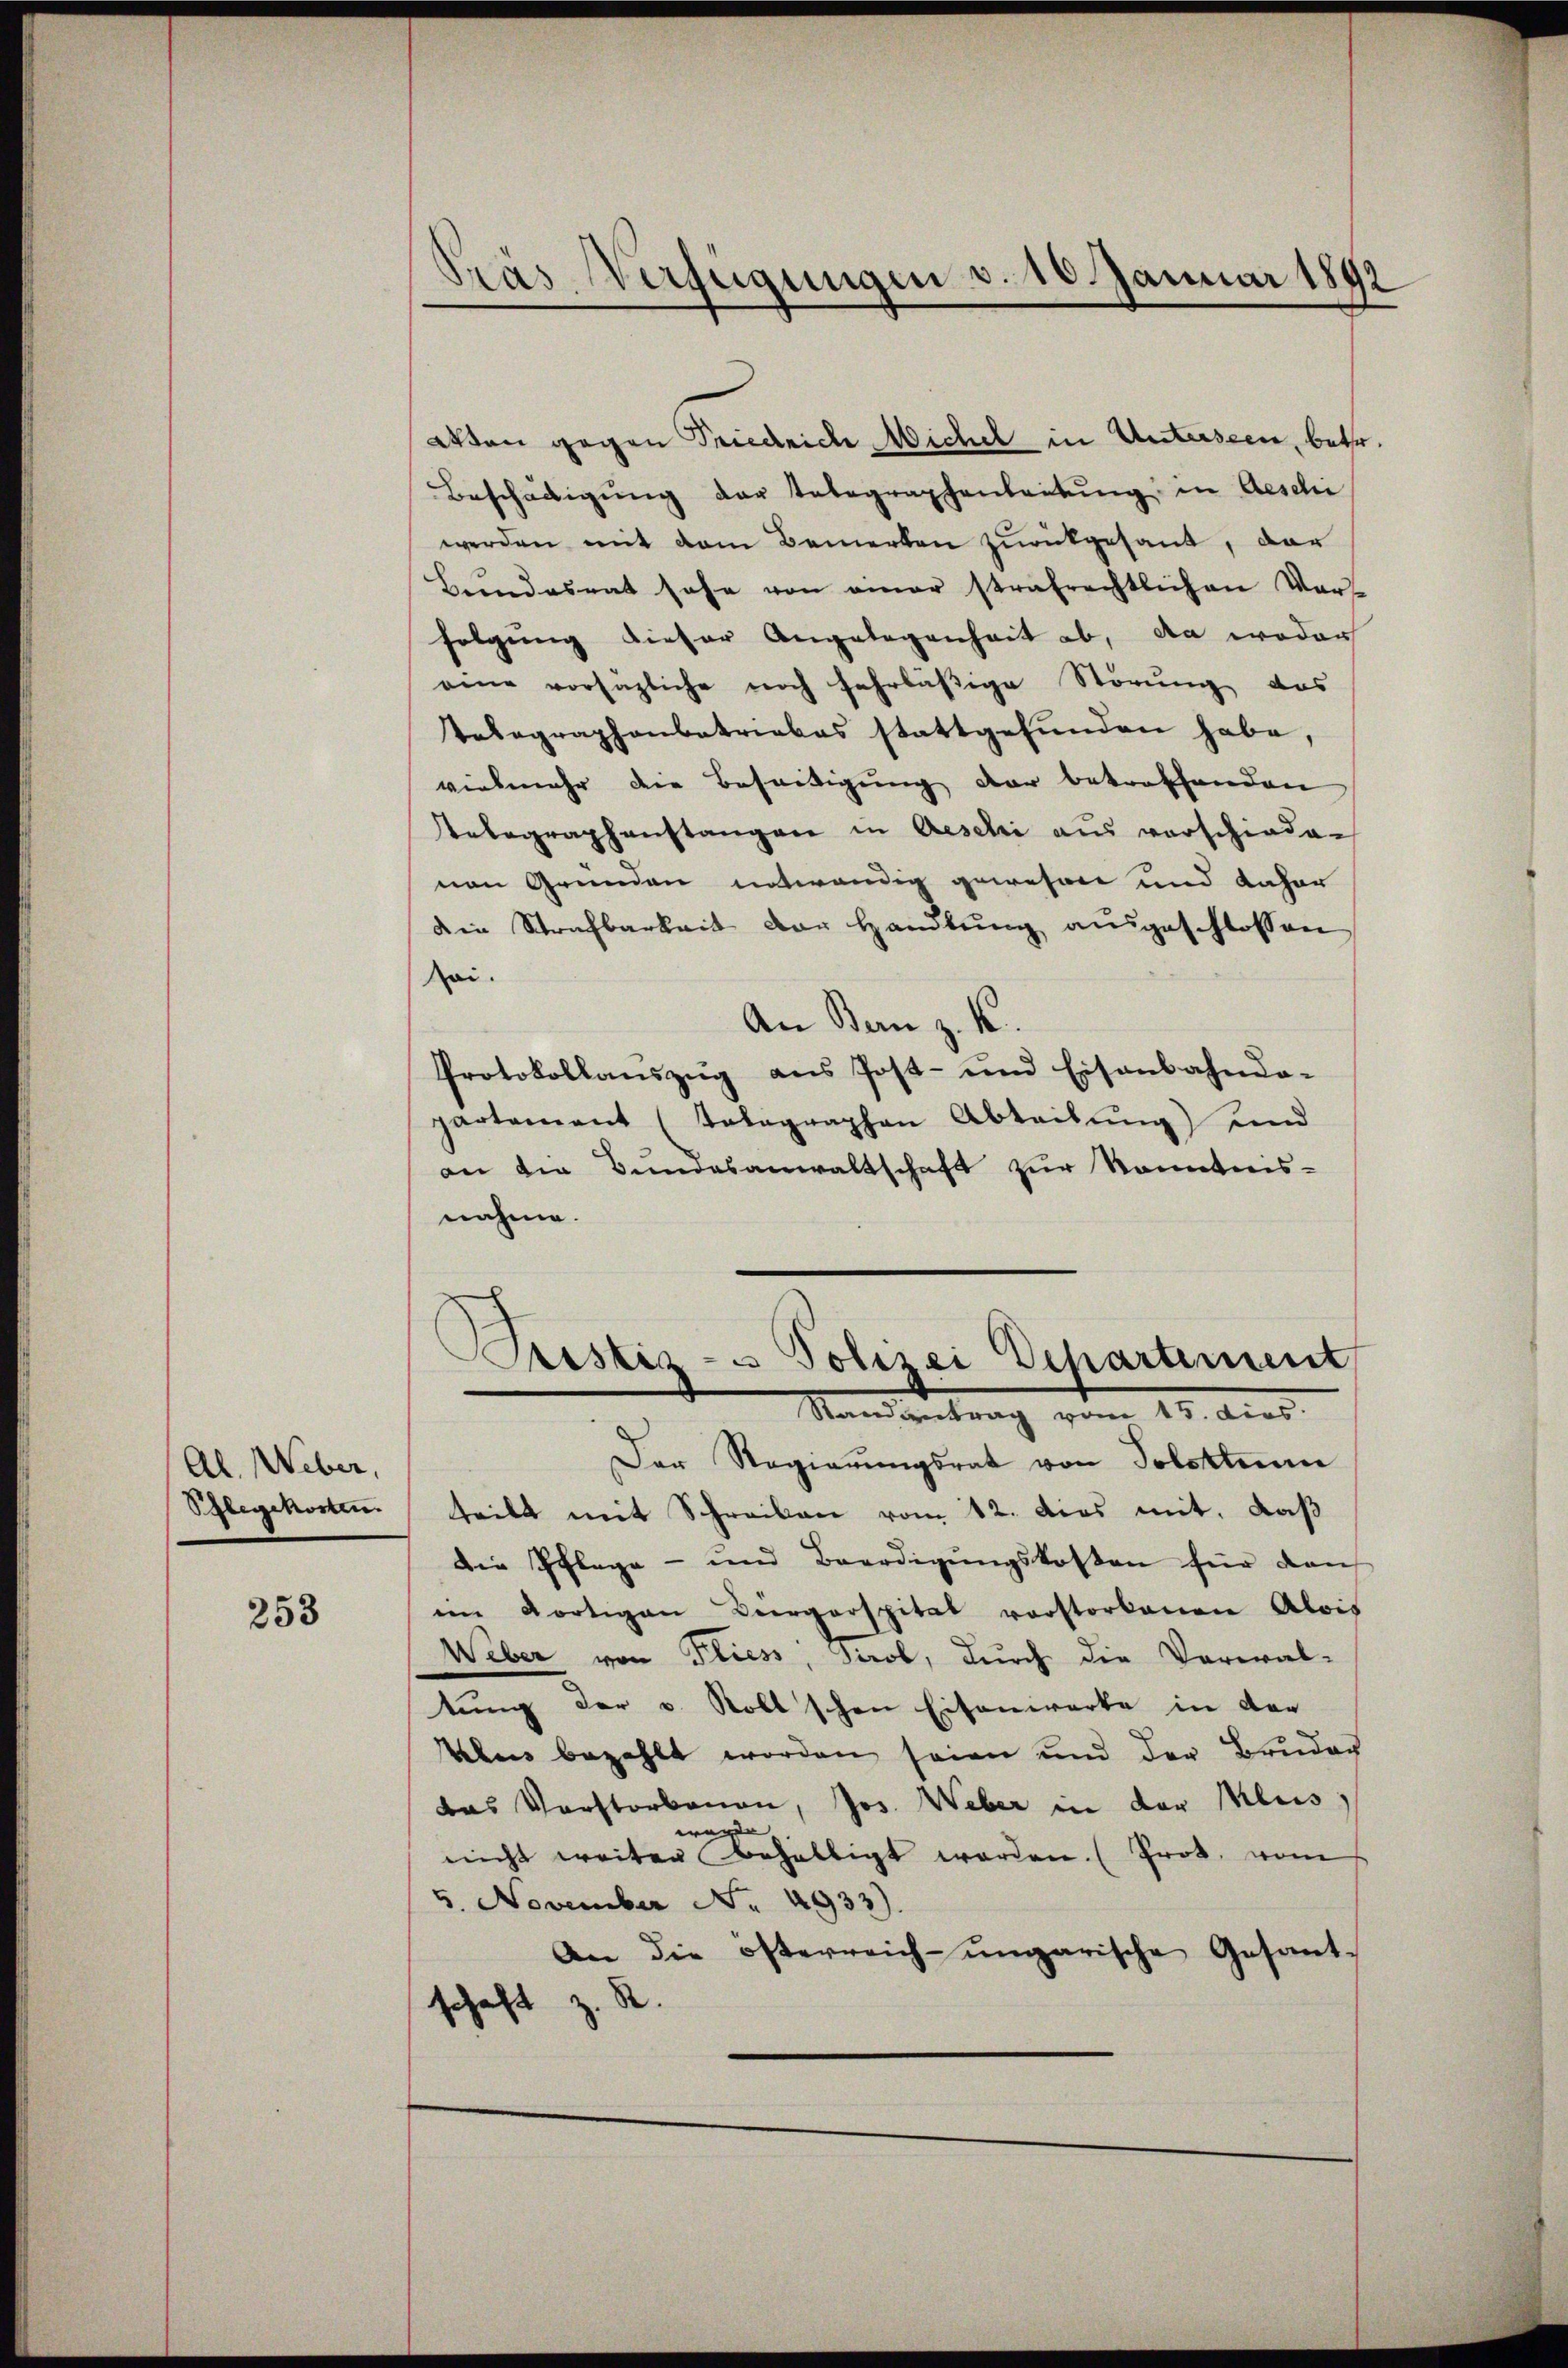
Al. Weber,
Schlegekosten.

253

Pras Verfügungen v. 16. Januar 1892

Wten gegen Friedrich, Wichel in Unterseen, betr.
Beschädigŭng der Telegraphenleitŭng in Aeschi
werden mit dem Bemerken zurückgesant, dar
Bundesrat sehe von amer strafrechtlichen Vers
folgung dieser Angelegenheit ab, da wodar
eine vorsätzliche noch fahrläßige Störung das
Telegraphenbetriebes stattgefunden habe,
vielmehr die Beseitigung der betroffenden
Telegraphanstangen in Aeschi aus verschiede-
von Grunden entwendig gewesen und daher
Die Strafbarkeit der Handlŭng aŭsgeschlossen
Sei.
An Bern z. K.
Protokollauszug aus Post- und Eisenbahndapartement (Telegraphen Abteilŭng und
an die Bundesanwaltschaft zur Kenntnis-
nahme.

Sistiz- & Polizei Departement
Man vertrag vom 15. Auer.

Der Regierungsrat von Solothurn
teilt mit Schreiben vom 12. dies mit, daß
Die Pflege - und Beerdigŭngskosten für dan
im dortigen Vergerspital vorstorbenen Alois
Weber von Fliess, Sirob, durch die Verwal-
tung der v. Roll schon Eisenwerke in der
Leben bezahlt worden seien und der Bruder
das Vorstorbenen, Jos. Weber in der Klus,
ande
e
nicht weiter behaltigt werden. (Frot, vom
5. November No. 4933).
An die österreich-ungarische Gesant-
schaft z. R.